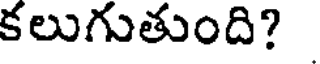
కలుగుతుంది?